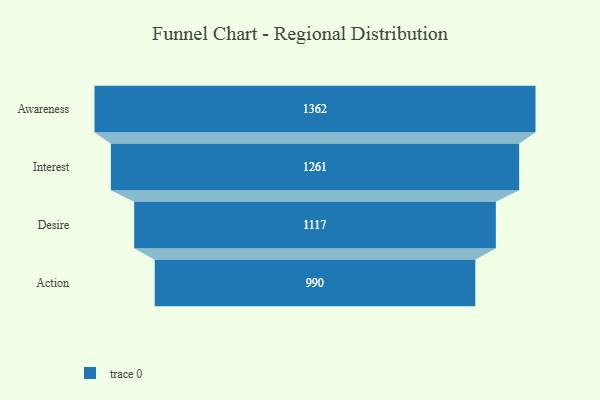
{"axis": {"x": "Stage", "y": "Value"}, "legend": [""], "data": [{"x": "Awareness", "y": 1362.0, "type": ""}, {"x": "Interest", "y": 1261.0, "type": ""}, {"x": "Desire", "y": 1117.0, "type": ""}, {"x": "Action", "y": 990.0, "type": ""}]}